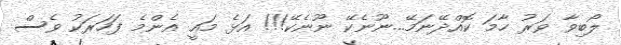
ލޯބިވާ ވަރު ހާމަ ކޮއްދޭނަމޭ...ނޫނެކޭ ނޫނެކޭ!!! އަޅެ މައީ އެންމެ ފަހަރަކު ވެސް